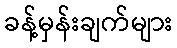
ခန့်မှန်းချက်များ